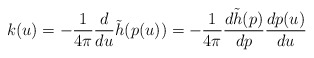
\begin{align*}k(u)=-\frac{1}{4\pi}\frac{d}{du}\tilde h(p(u))=-\frac{1}{4\pi}\frac{d\tilde h(p)}{dp}\frac{dp(u)}{du}\end{align*}